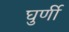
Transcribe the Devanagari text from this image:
घुर्णी